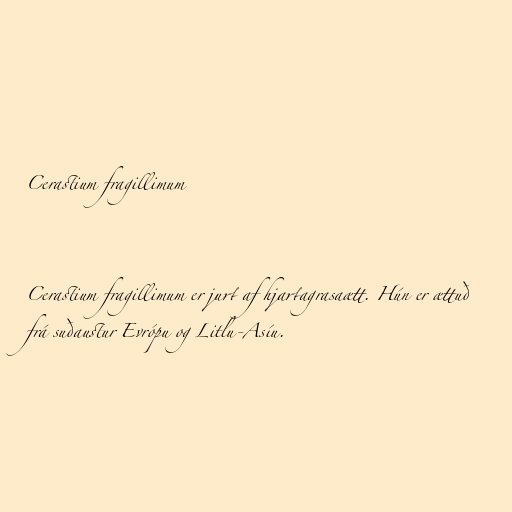
Cerastium fragillimum

Cerastium fragillimum er jurt af hjartagrasaætt. Hún er ættuð
frá suðaustur Evrópu og Litlu-Asíu.